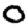
Digit: 0